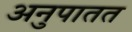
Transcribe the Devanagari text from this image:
अनुपातत